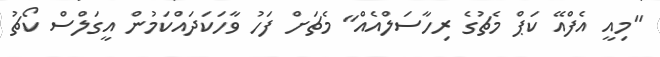
"މިއީ އެފްއޭ ކަޕް މެޗުގެ ރިހާސަލްއެއް" މެޗަށް ފަހު ވާހަކަދައްކަމުން އީގަލްސް ކޯޗު